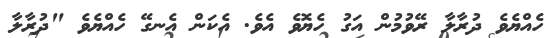
ހެއްޔެވެ ދުރާލާ ރޭވުމުން އަގު ހެޔޮވެ އެވެ. އެކަން އެނގޭ ހެއްޔެވެ "ދުރާލާ